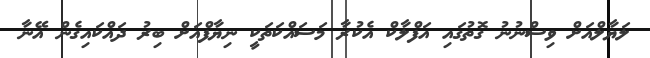
ލަޔާލްއަށް ވިސްނުނު ގޮތުގައި އަފްލާކް އެކުރާ މަސައްކަތަކީ ނިޔާފްއަށް ބިރު ދައްކައިގެން އޭނާ